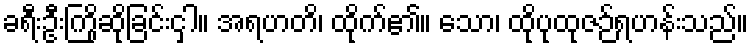
ခရီးဦးကြိုဆိုခြင်းငှါ။ အရဟတိ၊ ထိုက်၏။ သော၊ ထိုပုထုဇဉ်ရဟန်းသည်။